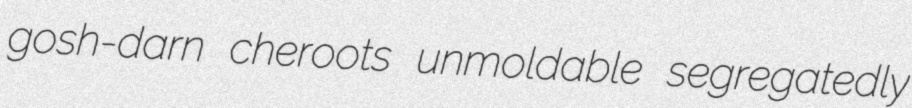
gosh-darn cheroots unmoldable segregatedly